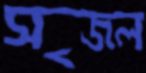
সৃজল